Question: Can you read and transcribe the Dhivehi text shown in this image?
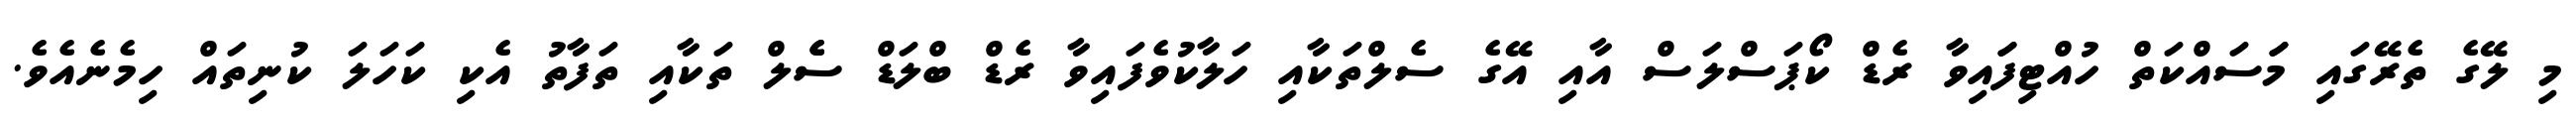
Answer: މި ލޭގެ ތެރޭގައި މަަސައްކަތް ހުއްޓިފަައިވާ ރެޑް ކޯޕަސްލަސް އާއި އޭގެ ސެލްތަކާއި ހަލާކުވެފައިވާ ރެޑް ބްލަޑް ސެެލް ތަކާއި ތަފާތު އެކި ކަހަލަ ކުނިތައް ހިމެނެއެވެ.